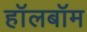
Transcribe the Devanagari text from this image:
हॉलबॉम